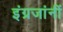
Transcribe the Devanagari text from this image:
इंग्रजांनीं